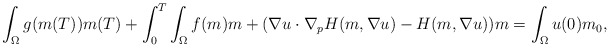
\begin{align*} \int_\Omega g(m(T))m(T) + \int_0^T \int_\Omega f(m)m + (\nabla u \cdot \nabla_p H(m,\nabla u) - H(m,\nabla u))m = \int_\Omega u(0)m_0,\end{align*}